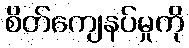
စိတ်ကျေနပ်မှုကို